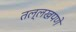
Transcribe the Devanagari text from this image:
तल्लखपणे